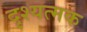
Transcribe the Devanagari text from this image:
दृश्यत्मक